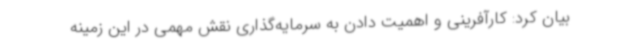
بیان کرد: کارآفرینی و اهمیت دادن به سرمایه‌گذاری نقش مهمی در این زمینه